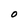
Character: O